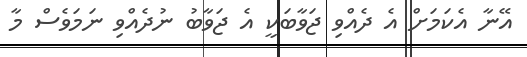
އޭނާ އެކަމަށް އެ ދެއްވި ޖަވާބަކީ އެ ޖަވާބު ނުދެއްވި ނަމަވެސް މާ